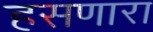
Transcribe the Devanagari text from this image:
हसणारा